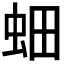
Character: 𮓿